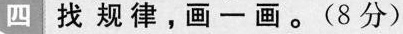
四、找规律，画一画。(8分)